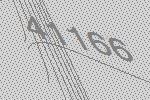
41166